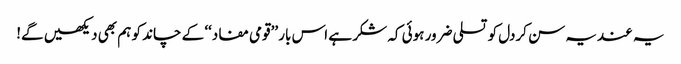
یہ عندیہ سن کردل کو تسلی ضرور ہوئی کہ شکر ہے اس بار ’’قومی مفاد‘‘ کے چاند کو ہم بھی دیکھیں گے!